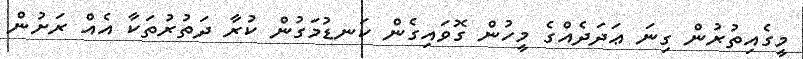
މީގެއިތުރުން ގިނަ ޢަދަދެއްގެ މީހުން ގޮވައިގެން ކަނޑުމަގުން ކުރާ ދަތުރުތަކާ އެއް ރަށުން